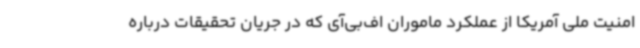
امنیت ملی آمریکا از عملکرد ماموران اف‌بی‌آی که در جریان تحقیقات درباره